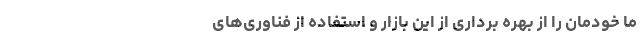
ما خودمان را از بهره‌ برداری از این بازار و استفاده از فناوری‌های